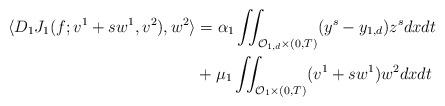
LaTeX: \begin{align*}\langle D_1 J_1(f;v^1+sw^1,v^2),w^2 \rangle &= \alpha_1 \iint_{\mathcal{O}_{1,d} \times (0,T)} (y^s-y_{1,d}) z^s dxdt \\&+ \mu_1 \iint_{\mathcal{O}_1 \times (0,T)} (v^1 + s w^1)w^2 dxdt\end{align*}